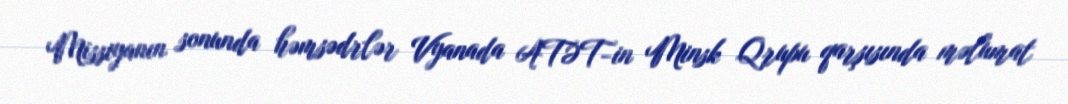
Missiyanın sonunda həmsədrlər Vyanada ATƏT-in Minsk Qrupu qarşısında məlumat